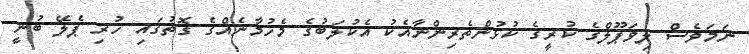
ނަމަވެސް ލިވަޕޫލްގެ ކުރީގެ ކުޅުންތެރިންނާއެކު އެކުލަބުގެ މެހުމާނެއްގެ ގޮތުގައި ހުރި ޕެލޭ ބުނީ